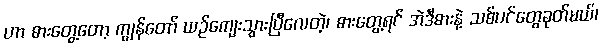
ဟာ ဓားတွေ့တော့ ကျွန်တော် ယဉ်ကျေးသွားပြီလေတဲ့၊ ဓားတွေ့ရင် အဲဒီဓားနဲ့ သစ်ပင်တွေခုတ်မယ်၊